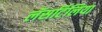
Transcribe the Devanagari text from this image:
लॅसर्टिलिया